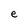
Character: e